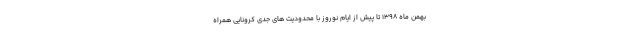
بهمن ماه ۱۳۹۸ تا پیش از ایام نوروز با محدودیت های جدی کرونایی همراه